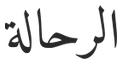
الرحالة